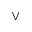
\vee